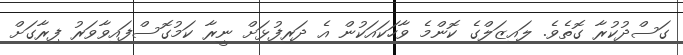
ގަސްދުކުރާ ގޮތެވެ. ލައިޒަލްގެ ކޮންމެ ވާހަކައަކުން އެ ދަރިފުޅަށް ނީރާ ކަމުގޮސްފައިވާވަރު ފިރާގަށް